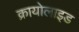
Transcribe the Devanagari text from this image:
क्रायोलाइड